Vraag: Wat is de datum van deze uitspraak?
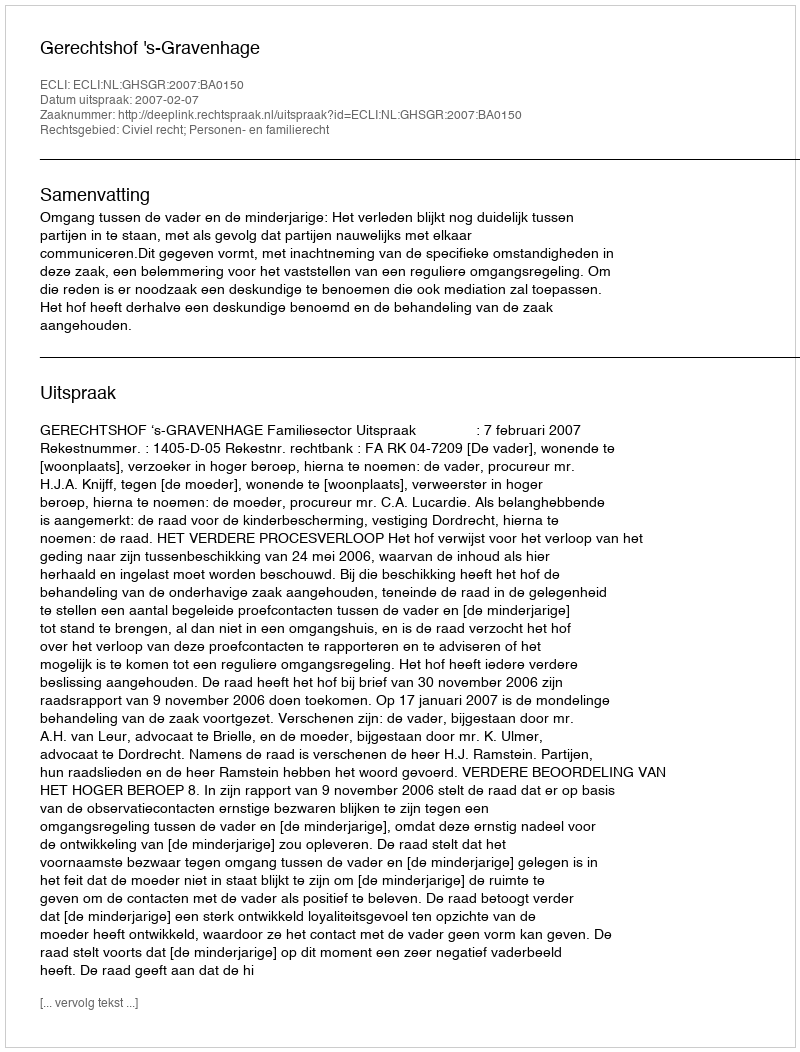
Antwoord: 2007-02-07